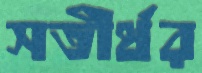
সতীর্থর